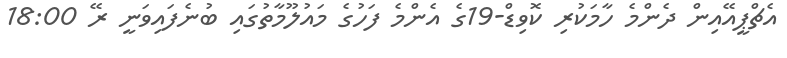
އެޗްޕީއޭއިން ދެންމެ ހާމަކުރި ކޮވިޑް-19ގެ އެންމެ ފަހުގެ މައުލޫމާތުގައި ބުނެފައިވަނީ ރޭ 18:00